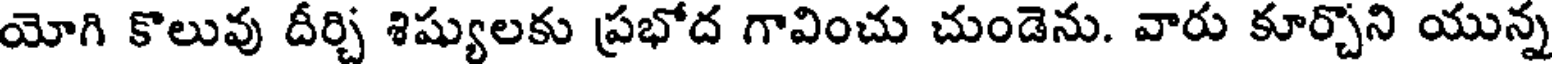
యోగి కొలువు దీర్చి శిష్యులకు ప్రభోద గావించు చుండెను. వారు కూర్చొని యున్న